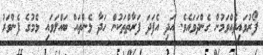
ފޯރުވައިދެއްވަމުން ގެންދަވައެވެ. އަދި އެފަދަ ފަރާތްތަކުން ހަދާ ޅެންތައް ބައްލަވައި ޅެމުގެ ފެންވަރު